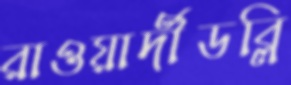
রাওয়ার্দীডব্লি